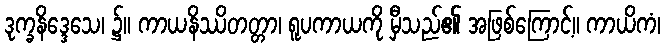
ဒုက္ခနိဒ္ဒေသေ၊ ၌။ ကာယနိဿိတတ္တာ၊ ရူပကာယကို မှီသည်၏ အဖြစ်ကြောင့်။ ကာယိကံ၊